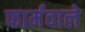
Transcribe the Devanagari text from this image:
फार्मवाले